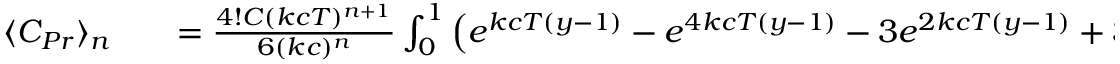
\begin{array} { r l r } { \langle C _ { P r } \rangle _ { n } } & { { } } & { = \frac { 4 ! C ( k c T ) ^ { n + 1 } } { 6 ( k c ) ^ { n } } \int _ { 0 } ^ { 1 } \left( e ^ { k c T ( y - 1 ) } - e ^ { 4 k c T ( y - 1 ) } - 3 e ^ { 2 k c T ( y - 1 ) } + 3 e ^ { 3 k c T ( y - 1 ) } \right) y ^ { n } d y } \end{array}